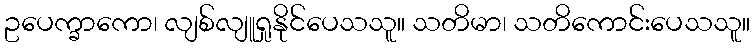
ဥပေက္ခာကော၊ လျစ်လျူရှုနိုင်ပေသသူ။ သတိမာ၊ သတိကောင်းပေသသူ။